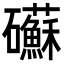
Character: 𥗹